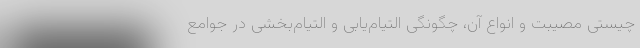
چیستی مصیبت و انواعِ آن، چگونگی التیام‌یابی و التیام‌بخشی در جوامع